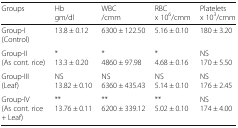
| Groups | Hbgm/dl | WBC/cmm | RBCx 106/cmm | Plateletsx 103/cmm |
 | --- | --- | --- | --- | --- |
 | Group-I(Control) | 13.8 ± 0.12 | 6300 ± 122.50 | 5.16 ± 0.10 | 180 ± 3.20 |
 | Group-II(As cont. rice) | *13.3 ± 0.20 | *4860 ± 97.98 | *4.68 ± 0.16 | NS170 ± 5.50 |
 | Group-III(Leaf) | NS13.82 ± 0.10 | NS6360 ± 435.43 | NS5.14 ± 0.10 | NS176 ± 2.45 |
 | Group-IV(As cont. rice + Leaf) | **13.76 ± 0.11 | **6200 ± 339.12 | **5.02 ± 0.10 | NS174 ± 4.00 |